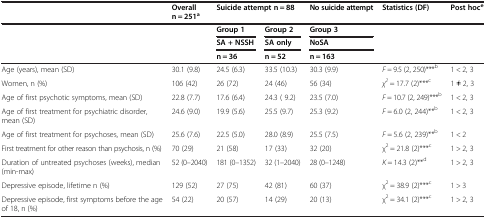
<table><thead><tr><td><b> </b></td><td><b>Overall n = 251<sup>a</sup></b></td><td colspan="2"><b>Suicide attempt n = 88</b></td><td><b>No suicide attempt</b></td><td><b>Statistics (DF)</b></td><td><b>Post hoc<sup>e</sup></b></td></tr><tr><td rowspan="3"><b> </b></td><td rowspan="3"><b> </b></td><td><b>Group 1</b></td><td><b>Group 2</b></td><td><b>Group 3</b></td><td rowspan="3"><b> </b></td><td rowspan="3"><b> </b></td></tr><tr><td><b>SA + NSSH</b></td><td><b>SA only</b></td><td><b>NoSA</b></td></tr><tr><td><b>n = 36</b></td><td><b>n = 52</b></td><td><b>n = 163</b></td></tr></thead><tbody><tr><td>Age (years), mean (SD)</td><td>30.1 (9.8)</td><td>24.5 (6.3)</td><td>33.5 (10.3)</td><td>30.3 (9.9)</td><td><i>F =</i> 9.5 (2, 250)***<sup>b</sup></td><td>1 &lt; 2, 3</td></tr><tr><td>Women, n (%)</td><td>106 (42)</td><td>26 (72)</td><td>24 (46)</td><td>56 (34)</td><td><i>χ</i><sup><i>2</i></sup> = 17.7 (2)***<sup>c</sup></td><td>1 ≠ 2, 3</td></tr><tr><td>Age of first psychotic symptoms, mean (SD)</td><td>22.8 (7.7)</td><td>17.6 (6.4)</td><td>24.3 ( 9.2)</td><td>23.5 (7.0)</td><td><i>F</i> = 10.7 (2, 249)***<sup>b</sup></td><td>1 &lt; 2, 3</td></tr><tr><td>Age of first treatment for psychiatric disorder, mean (SD)</td><td>24.6 (9.0)</td><td>19.9 (5.6)</td><td>25.5 (9.7)</td><td>25.3 (9.2)</td><td><i>F</i> = 6.0 (2, 244)**<sup>b</sup></td><td>1 &lt; 2, 3</td></tr><tr><td>Age of first treatment for psychoses, mean (SD)</td><td>25.6 (7.6)</td><td>22.5 (5.0)</td><td>28.0 (8.9)</td><td>25.5 (7.5)</td><td><i>F</i> = 5.6 (2, 239)**<sup>b</sup></td><td>1 &lt; 2</td></tr><tr><td>First treatment for other reason than psychosis, n (%)</td><td>70 (29)</td><td>21 (58)</td><td>17 (33)</td><td>32 (20)</td><td>χ<sup>2</sup> = 21.8 (2)***<sup>c</sup></td><td>1 &gt; 2, 3</td></tr><tr><td>Duration of untreated psychoses (weeks), median (min-max)</td><td>52 (0–2040)</td><td>181 (0–1352)</td><td>32 (1–2040)</td><td>28 (0–1248)</td><td><i>K</i> = 14.3 (2)**<sup>d</sup></td><td>1 &gt; 2, 3</td></tr><tr><td>Depressive episode, lifetime n (%)</td><td>129 (52)</td><td>27 (75)</td><td>42 (81)</td><td>60 (37)</td><td>χ<sup>2</sup> = 38.9 (2)***<sup>c</sup></td><td>1 &gt; 3</td></tr><tr><td>Depressive episode, first symptoms before the age of 18, n (%)</td><td>54 (22)</td><td>20 (57)</td><td>14 (29)</td><td>20 (13)</td><td>χ<sup>2</sup> = 34.1 (2)***<sup>c</sup></td><td>1 &gt; 2, 3</td></tr></tbody></table>